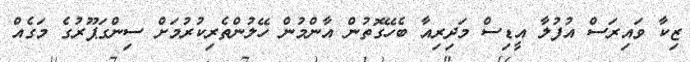
ޒިކާ ވައިރަސް އުފުލާ އީޑިސް މަދިރިއާ ބެހޭގޮތުން އާންމުން ހޭލުންތެރިކުރުމަށް ސިންގަޕޫރުގެ މަގެއް